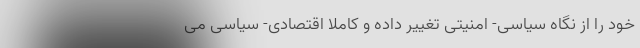
خود را از نگاه سیاسی- امنیتی تغییر داده و کاملا اقتصادی- سیاسی می